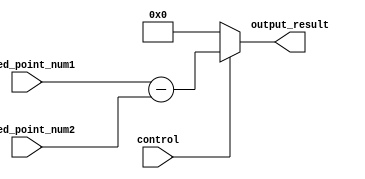
module fixed_point_subtractor (
  input [15:0] fixed_point_num1,
  input [15:0] fixed_point_num2,
  input control,
  output [15:0] output_result
);  
  
  wire [15:0] subtraction_result;
  
  // Internal arithmetic unit to perform subtraction
  assign subtraction_result = fixed_point_num1 - fixed_point_num2;
  
  // Output result based on control input
  assign output_result = (control == 1) ? subtraction_result : 16'b0; // Assuming control input 1 selects subtraction operation
  
endmodule